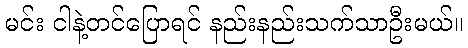
မင်း ငါနဲ့တင်ပြောရင် နည်းနည်းသက်သာဦးမယ်။